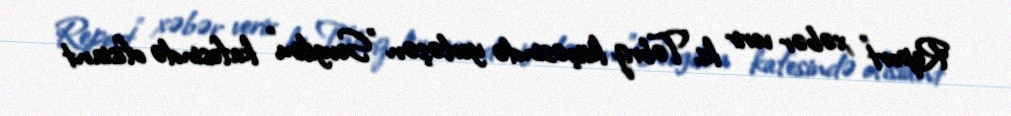
Report" xəbər verir ki, Təbriz küçəsində yerləşən "Sevgilim" kafesində ofisiant